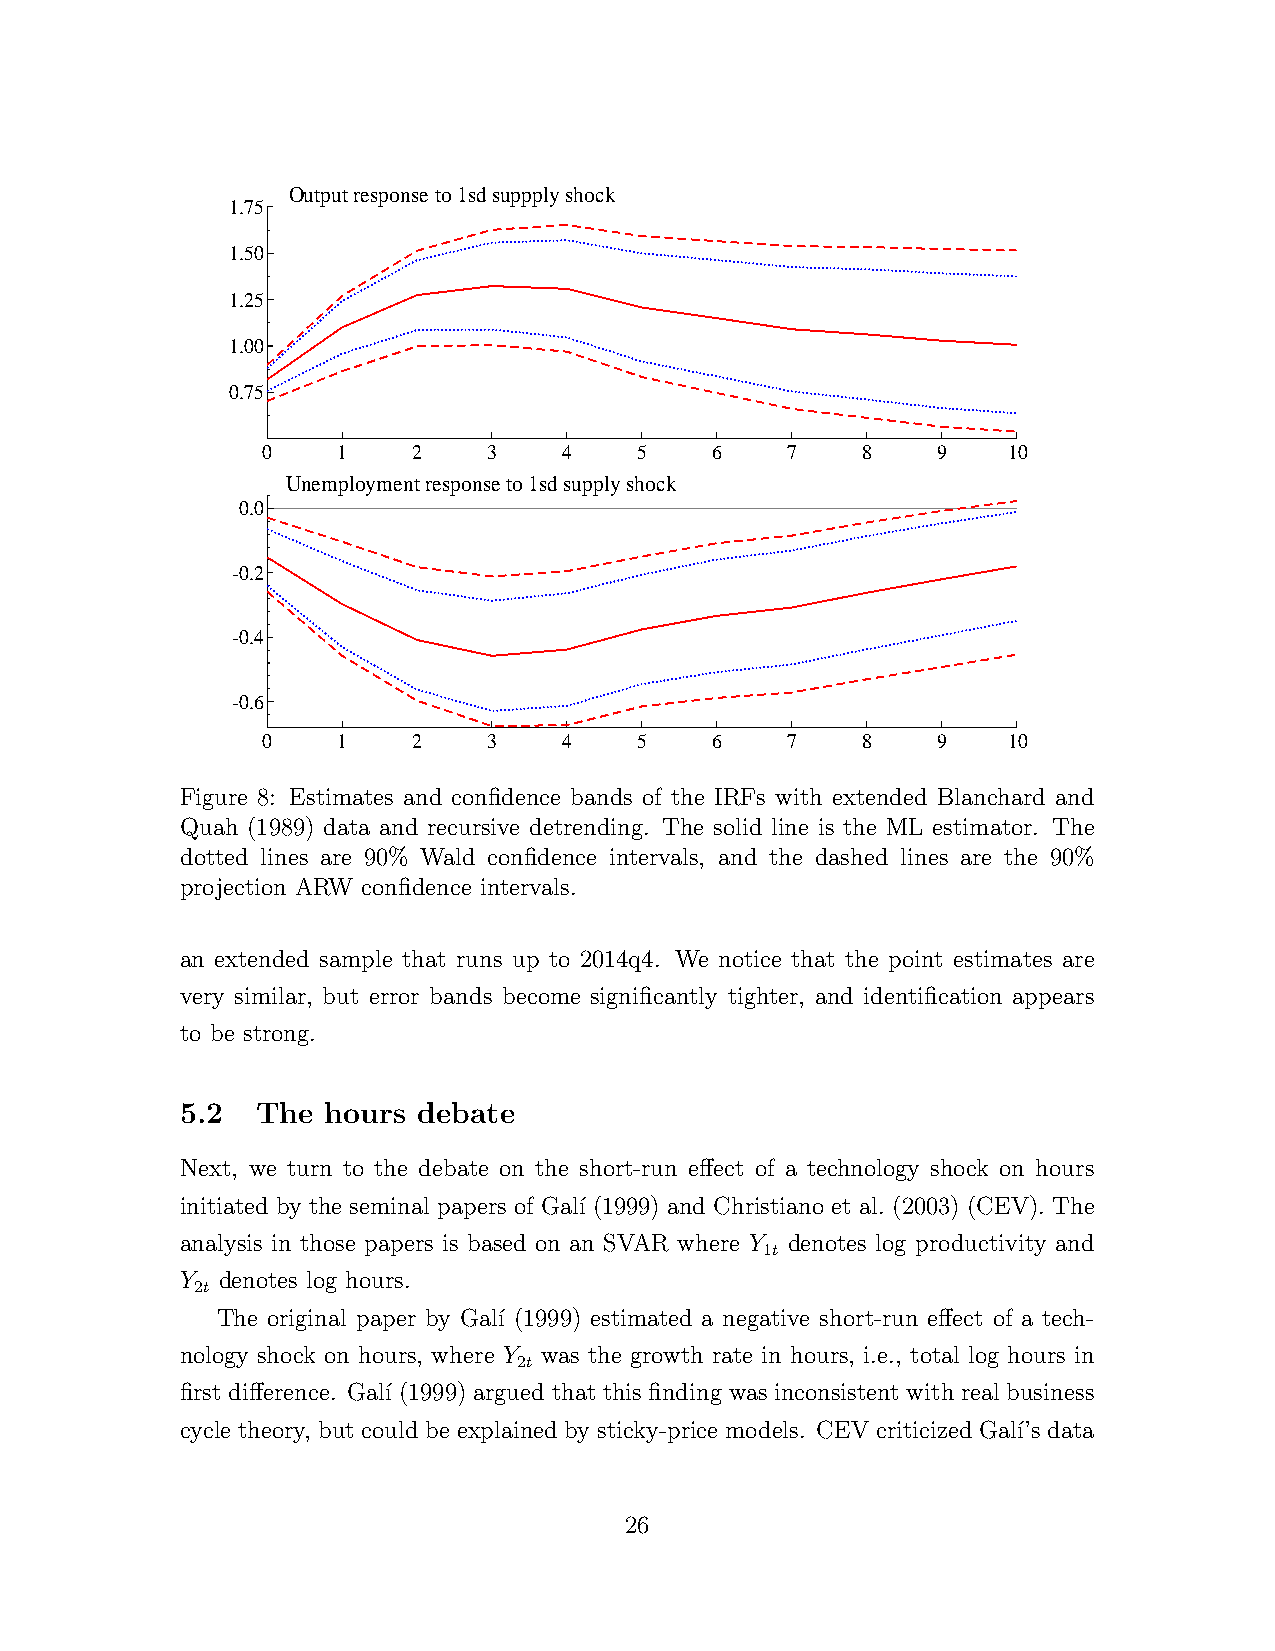
Output response to 1sd suppply shock
 1.75
 1.50
 1.25
 1.00
 0.75
 0    1    2    3    4    5    6    7    8    9    10
 Unemployment response to 1sd supply shock
 0.0
 -0.2
 -0.4
 -0.6
 0    1    2    3    4    5    6    7    8    9    10
 Figure 8: Estimates and confidence bands of the IRFs with extended Blanchard and
 Quah (1989) data and recursive detrending. The solid line is the ML estimator. The
 dotted lines are 90% Wald confidence intervals, and the dashed lines are the 90%
 projection ARW confidence intervals.
 an extended sample that runs up to 2014q4. We notice that the point estimates are
 very similar, but error bands become significantly tighter, and identification appears
 to be strong.
 5.2  The  hours debate
 Next, we turn to the debate on the short-run effect of a technology shock on hours
 initiated by the seminal papers of Gal´ı (1999) and Christiano et al. (2003) (CEV). The
 analysis in those papers is based on an SVAR where Y denotes log productivity and
 1t
 Y denotes log hours.
 2t
 The original paper by Gal´ı (1999) estimated a negative short-run effect of a tech-
 nology shock on hours, where Y was the growth rate in hours, i.e., total log hours in
 2t
 first difference. Gal´ı (1999) argued that this finding was inconsistent with real business
 cycle theory, but could be explained by sticky-price models. CEV criticized Gal´ı’s data
 26